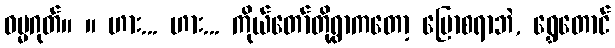
ဓမ္မဂုတ်။ ။ ဟား... ဟား... ကိုယ်တော်တို့ရွာကတော့ ပြောစရာဘဲ, ရွှေတောင်